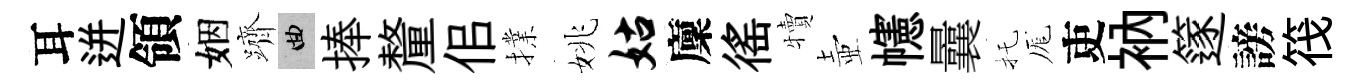
耳迸領姻躋曲捧釐佀擈姚姑廩徭犢壺幰曩托厖吏衲篴謗筏